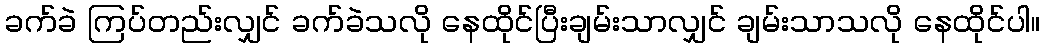
ခက်ခဲ ကြပ်တည်းလျှင် ခက်ခဲသလို နေထိုင်ပြီးချမ်းသာလျှင် ချမ်းသာသလို နေထိုင်ပါ။